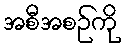
အစီအစဉ်ကို